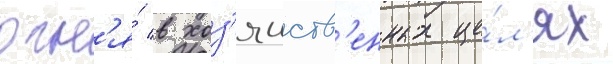
огн'я́ в хоз'яиств'енных це́л'ях